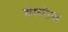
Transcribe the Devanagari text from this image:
शेमलेस